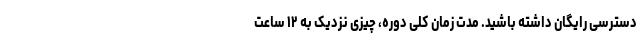
دسترسی رایگان داشته باشید. مدت زمان کلی دوره، چیزی نزدیک به ۱۲ ساعت